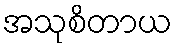
အသုစိတာယ